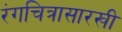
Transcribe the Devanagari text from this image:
रंगचित्रासारखी